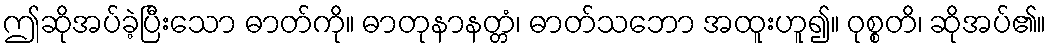
ဤဆိုအပ်ခဲ့ပြီးသော ဓာတ်ကို။ ဓာတုနာနတ္တံ၊ ဓာတ်သဘော အထူးဟူ၍။ ဝုစ္စတိ၊ ဆိုအပ်၏။